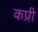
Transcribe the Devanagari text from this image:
कप्री